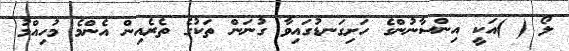
ލޯ ( )އަކީ އިންސާނުންގެ ހަށިގަނޑުގައިވާ ގުނަން ތަކުގެ ތެރެއިން އެންމެ މުހިއްމު